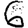
Digit: 6